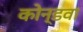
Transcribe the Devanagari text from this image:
कोन्डवा